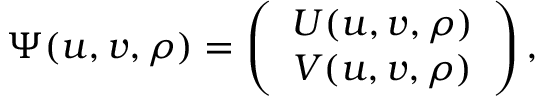
\Psi ( u , v , \rho ) = \left( \begin{array} { c } { { { \cal { U } } ( u , v , \rho ) } } \\ { { { \cal { V } } ( u , v , \rho ) } } \end{array} \right) ,